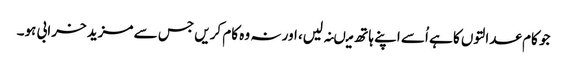
جو کام عدالتوں کا ہے اُسے اپنے ہاتھ میںنہ لیں، اور نہ وہ کام کریں جس سے مزید خرابی ہو۔